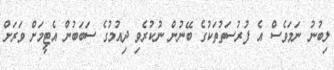
ލިބުނު ނަމަވެސް އެ ފުރުސަތުތަކުގެ ބޭނުން ނުކުރެވި ދިއުމުގެ ސަބަބުން އެޓީމަށް ވަރަށް